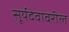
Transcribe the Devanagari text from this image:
सूर्यदेवावरील